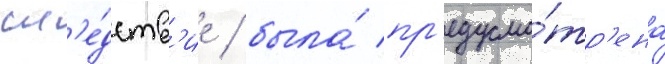
сл'е́дств'ие / была́ пр'едусмо́тр'ена